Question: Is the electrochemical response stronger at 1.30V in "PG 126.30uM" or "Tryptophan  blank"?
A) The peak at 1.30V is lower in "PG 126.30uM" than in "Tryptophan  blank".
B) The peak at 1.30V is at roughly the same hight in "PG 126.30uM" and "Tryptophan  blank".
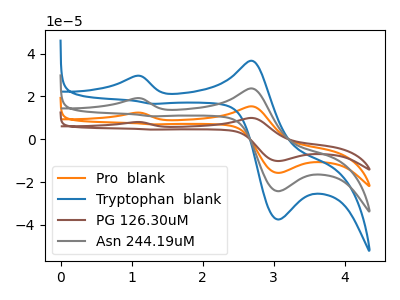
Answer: <think>The orange curve "Pro  blank" has anodic peaks at (1.05V, 38.30uA) (2.70V, 47.45uA) and cathodic peaks at (3.05V, -48.50uA) (1.30V, 21.45uA). The blue curve "Tryptophan  blank" has anodic peaks at (1.05V, 29.55uA) (2.70V, 36.65uA) and cathodic peaks at (3.05V, -37.45uA) (1.30V, 16.55uA). The brown curve "PG 126.30uM" has anodic peaks at (1.05V, 57.45uA) (2.70V, 71.15uA) and cathodic peaks at (3.05V, -72.75uA) (1.30V, 32.15uA). The gray curve "Asn 244.19uM" has anodic peaks at (1.05V, 19.15uA) (2.70V, 23.70uA) and cathodic peaks at (3.05V, -24.25uA) (1.30V, 10.70uA).</think>
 <answer>A) The peak at 1.30V is lower in "PG 126.30uM" than in "Tryptophan  blank".</answer>
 <eval>A</eval>